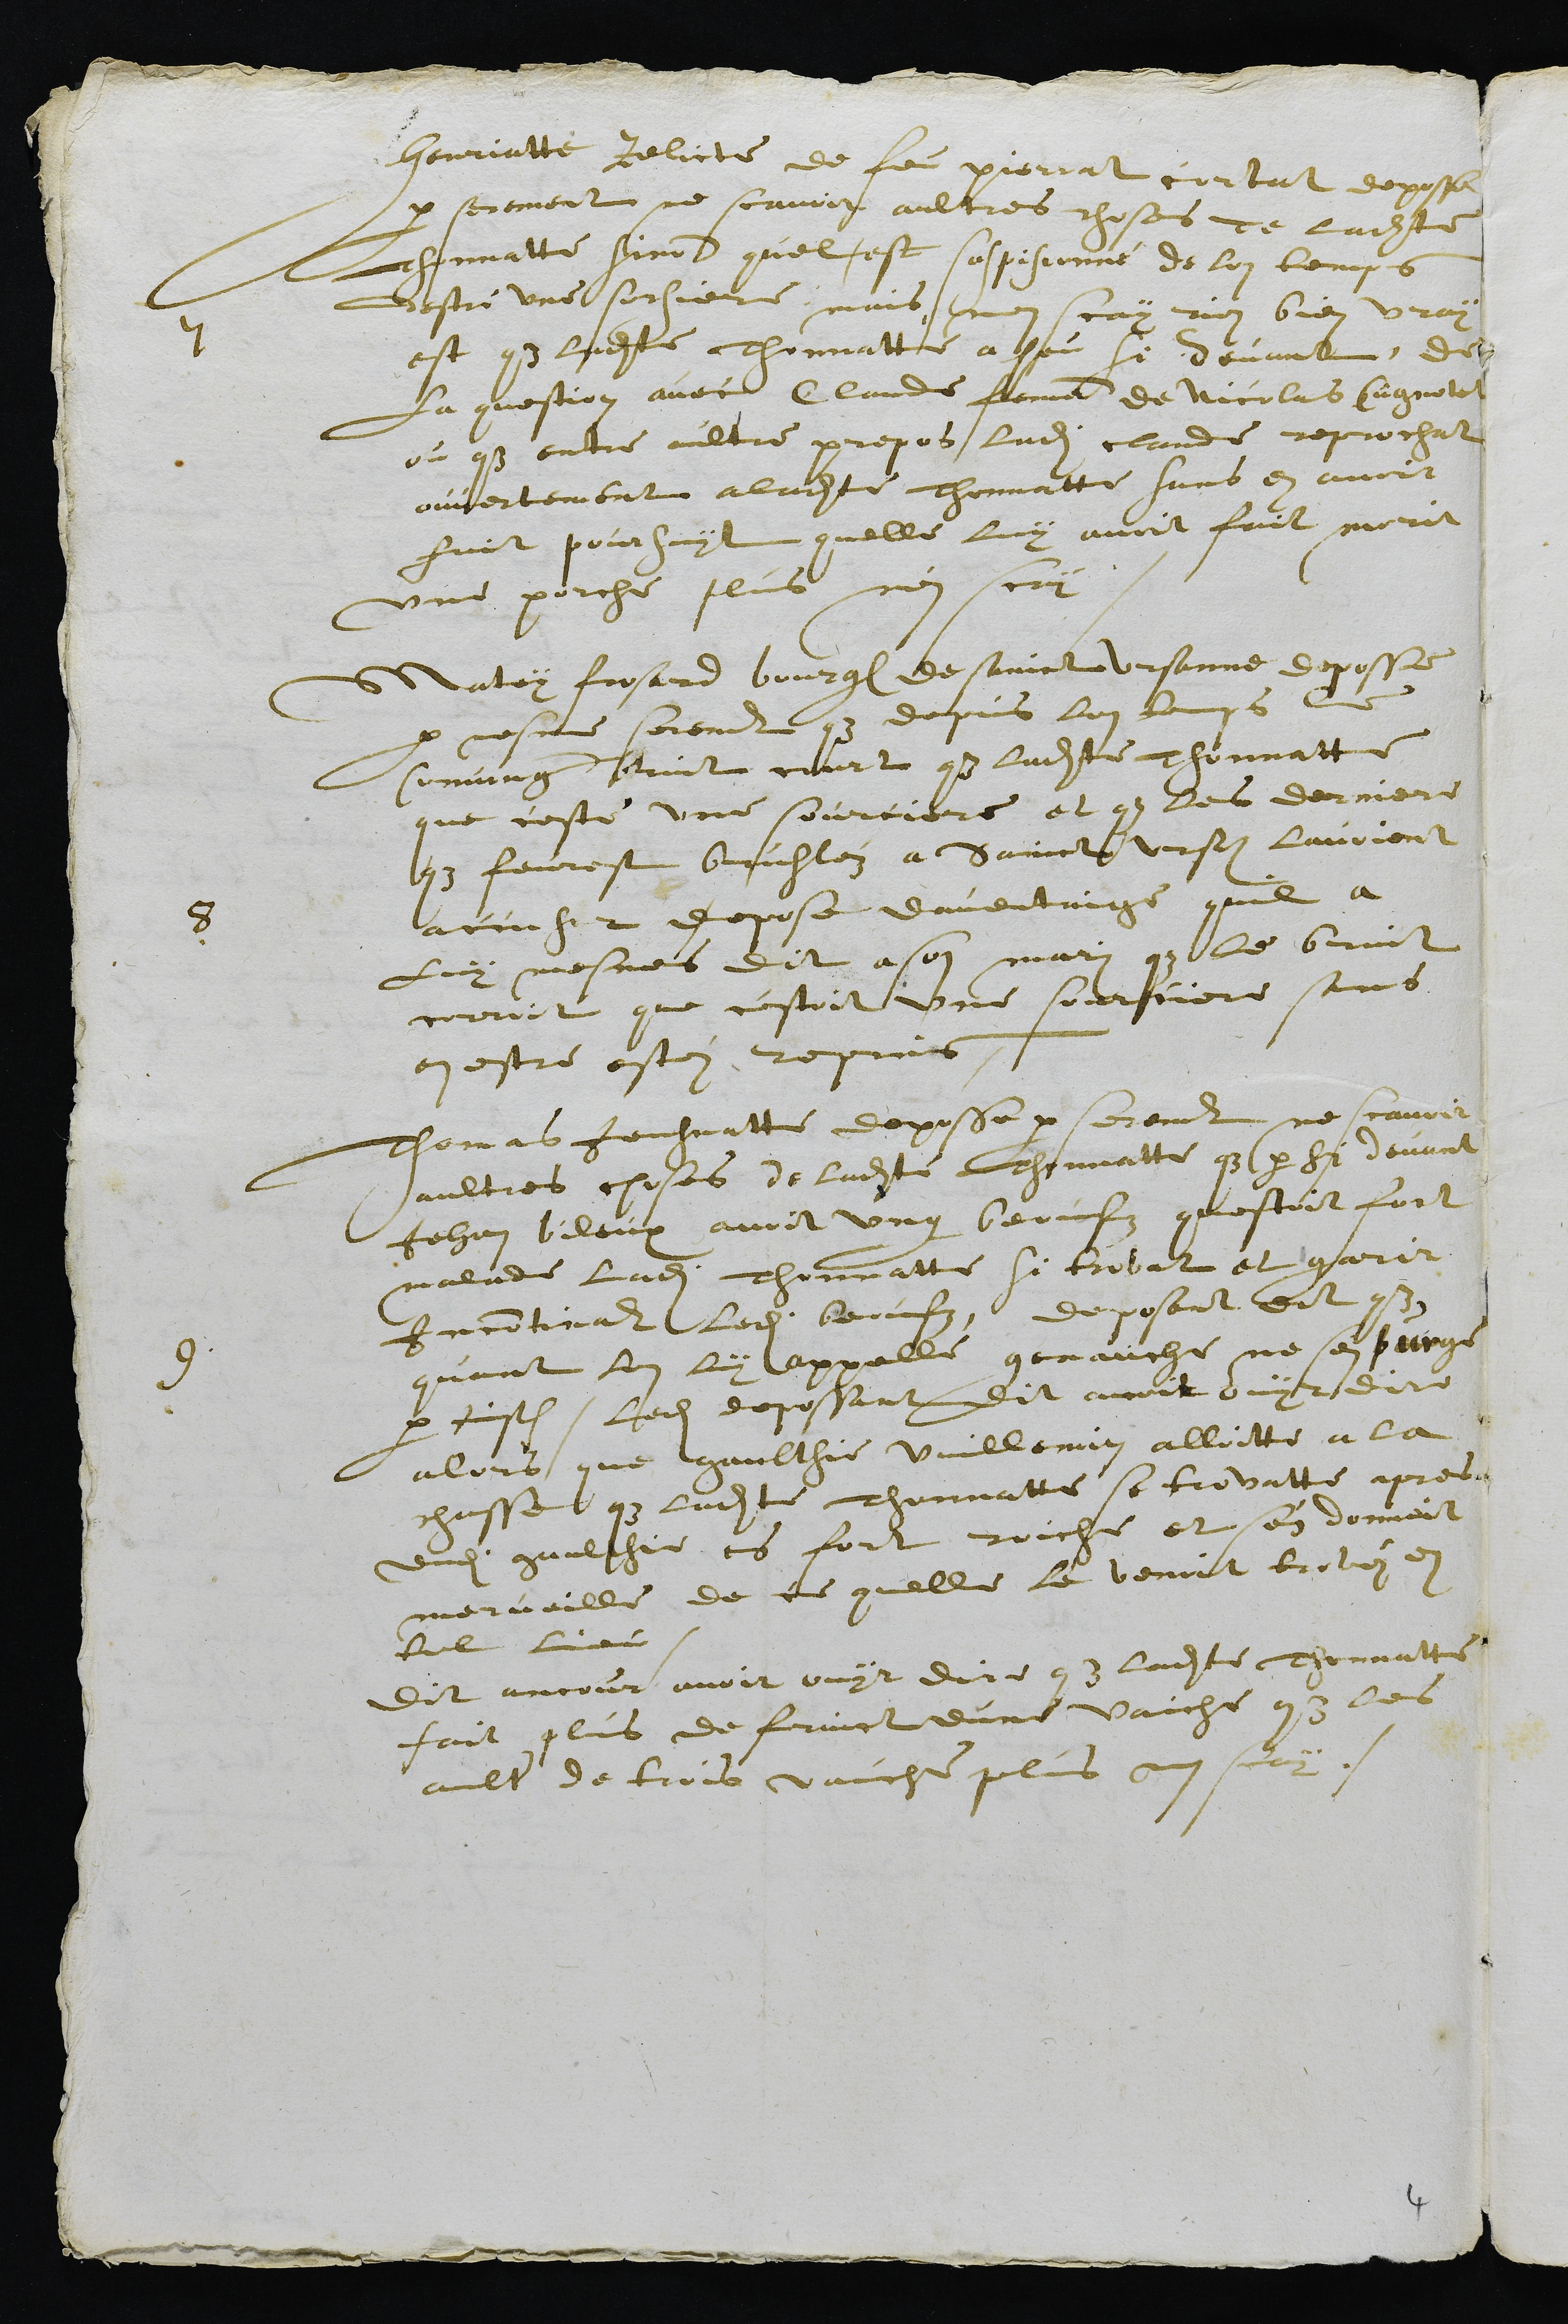
7
Henriatte relicte de feu Pierrat cortat deposse
par serement ne scavoir aultres choses de ladite
Thonnatte sinon quel est suspisionné de lon temps
destre une sorciere, mais nen scay rien bien vray
est que ladite Thonnatte a heu si devant, de
La question avec Claude femme de Nicolas Cugnotet
ou que entre aultre propos ladite Claude reprochat
ouvertement a ladite Thonnatte sans en avoir
fait poursuyt quelle luy avoit fait morit
une porche plus nen scay
8
Matey frosard bourgeois de Sainct Ursanne deposse
par mesme serement que depuis lon temps le
comung Bruit court que ladite Thonnatte
que ceste une sourciere et que les derniere
que feurest brusléz a Sainct Ursanne lavoient
accuser depose daventaige quil a
Luy mesmes dit a son mari que le bruit
corroit que cestoit une sourciere sans
en estre estéz reprins.
9
Thomas Jeusnatte deposse par serement ne scavoir
aultres chosses de ladite Thonnatte que par si devant
Jehan bileux avoit ung beufz questoit fort
malade ladite Thonnatte si trovat et garir
Incontinant ledit beufz, deposant dit que
quant lon luy appelle genauche ne sen purge
par justice. Ledit depossant dit avoit ouyr dire
alors que gaulthie Vuillemin alloitte a la
chasse que ladite Thonnatte se trovatte apres
dudit gaulthie es fort roiche et sen donnoit
merveille de ce quelle le venoit trevéz en
tel lieu.
Dit ancour avoir ouyr dire que ladite Thonnatte
fait plus de fruict dune vaiche que les
aultre de trois vaiche plus nen scay.

4